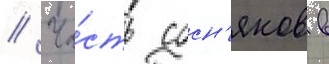
// Ча́сть сосн'яков в